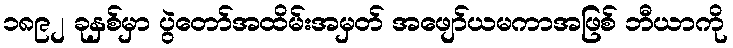
၁၈၉၂ ခုနှစ်မှာ ပွဲတော်အထိမ်းအမှတ် အဖျော်ယမကာအဖြစ် ဘီယာကို